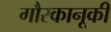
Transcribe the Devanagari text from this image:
गौरकानूकी